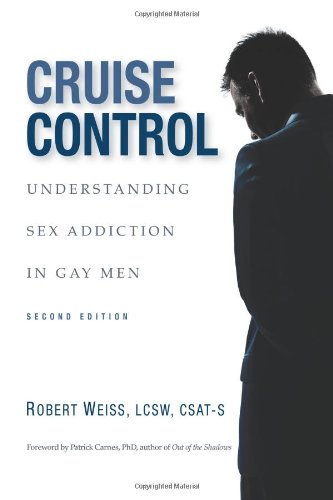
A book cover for Cruise Control: Understanding Sex Addiction in Gay Men; Robert Weiss; Health, Fitness & Dieting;